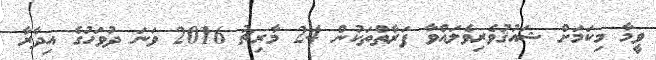
ވީމާ މިކަމަށް ޝައުޤުވެރިވެލައްވާ ފަރާތްތަކުން 24 މާރިޗު 2016 ވަނަ ދުވަހުގެ އިދާރާ